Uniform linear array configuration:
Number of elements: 64
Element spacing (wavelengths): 1
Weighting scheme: kaiser
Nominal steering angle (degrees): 30
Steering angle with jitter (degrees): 30.324
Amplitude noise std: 0.05
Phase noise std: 0.05

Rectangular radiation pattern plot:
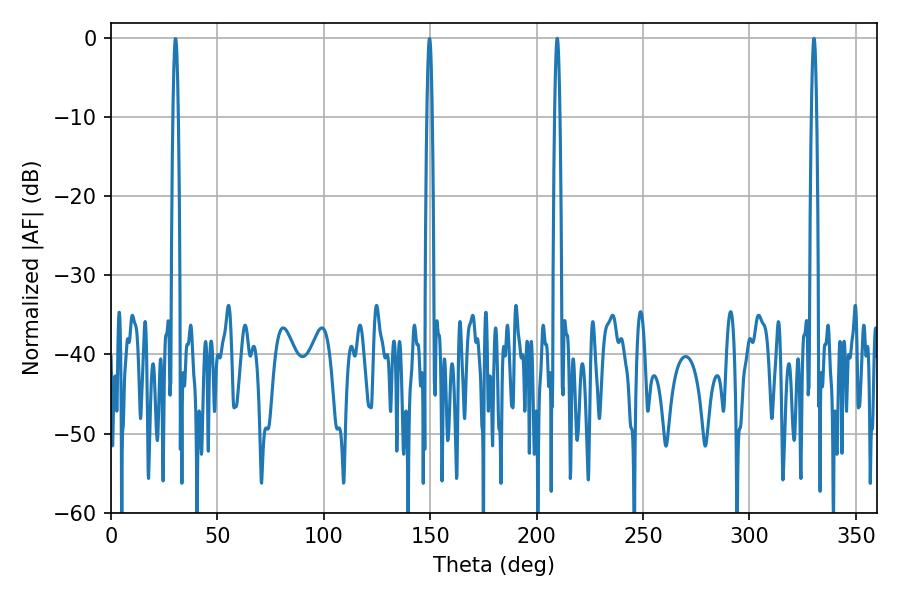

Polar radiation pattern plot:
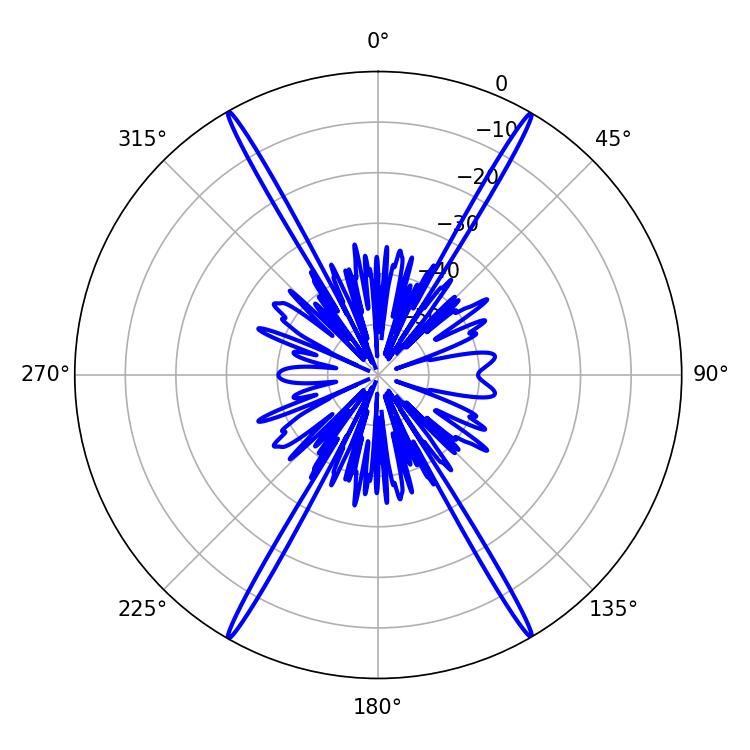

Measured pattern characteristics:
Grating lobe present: TRUE
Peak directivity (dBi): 34.331
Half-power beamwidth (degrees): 1.26
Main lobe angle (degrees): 330.3